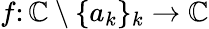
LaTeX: f\colon\mathbb{C}\setminus\{ a_{k}\} _{k}\rightarrow\mathbb{C}